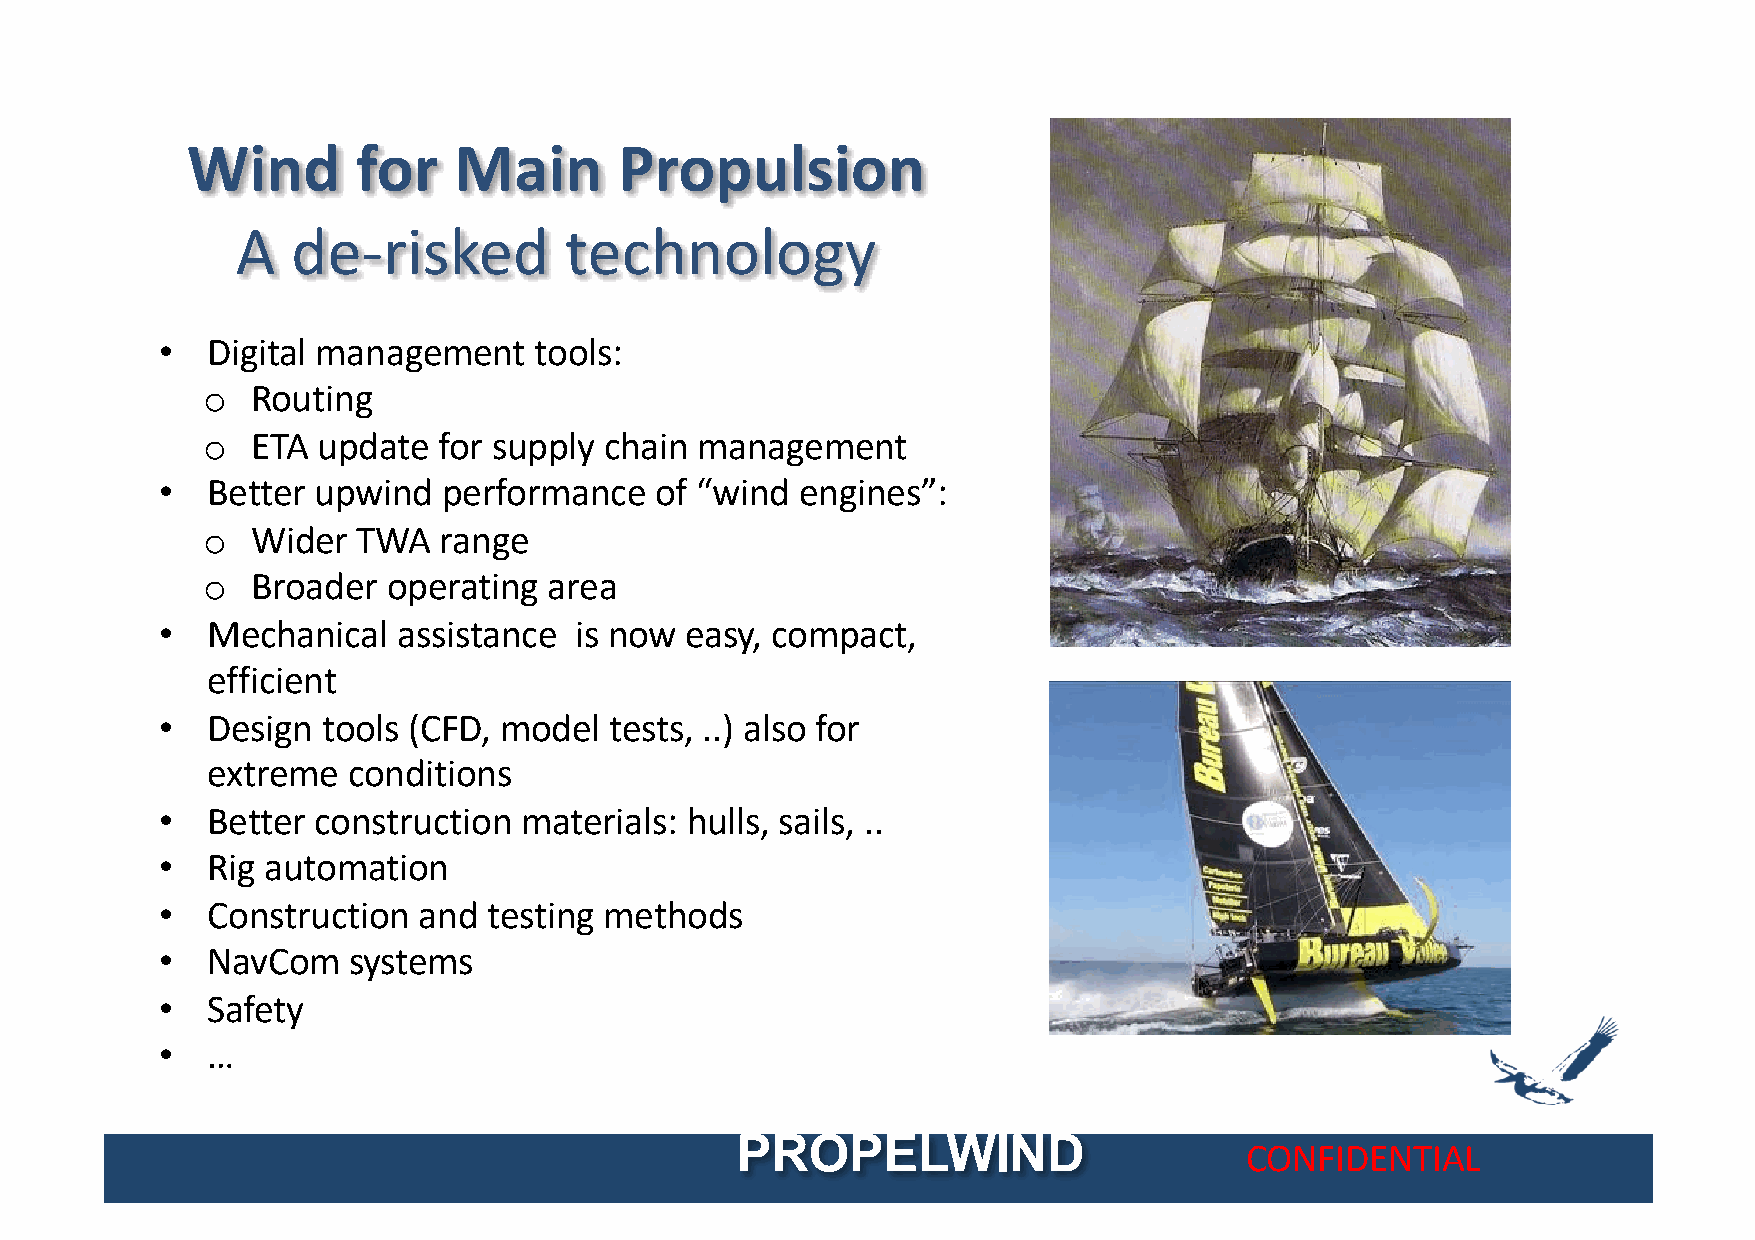
Wind        for   Main       Propulsion
 A  de-risked         technology
 •   Digital management   tools:
 o   Routing
 o   ETA update  for supply chain management
 •   Better upwind  performance   of “wind  engines”:
 o   Wider  TWA  range
 o   Broader  operating area
 •   Mechanical  assistance  is now easy, compact,
 efficient
 •   Design tools (CFD, model  tests, ..) also for
 extreme  conditions
 •   Better construction materials: hulls, sails, ..
 •   Rig automation
 •   Construction  and testing methods
 •   NavCom   systems
 •   Safety
 •   …
 PROPELWIND
 CONFIDENTIAL